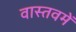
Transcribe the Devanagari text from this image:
वास्तवमें